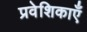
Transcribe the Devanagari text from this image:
प्रवेशिकाएँ